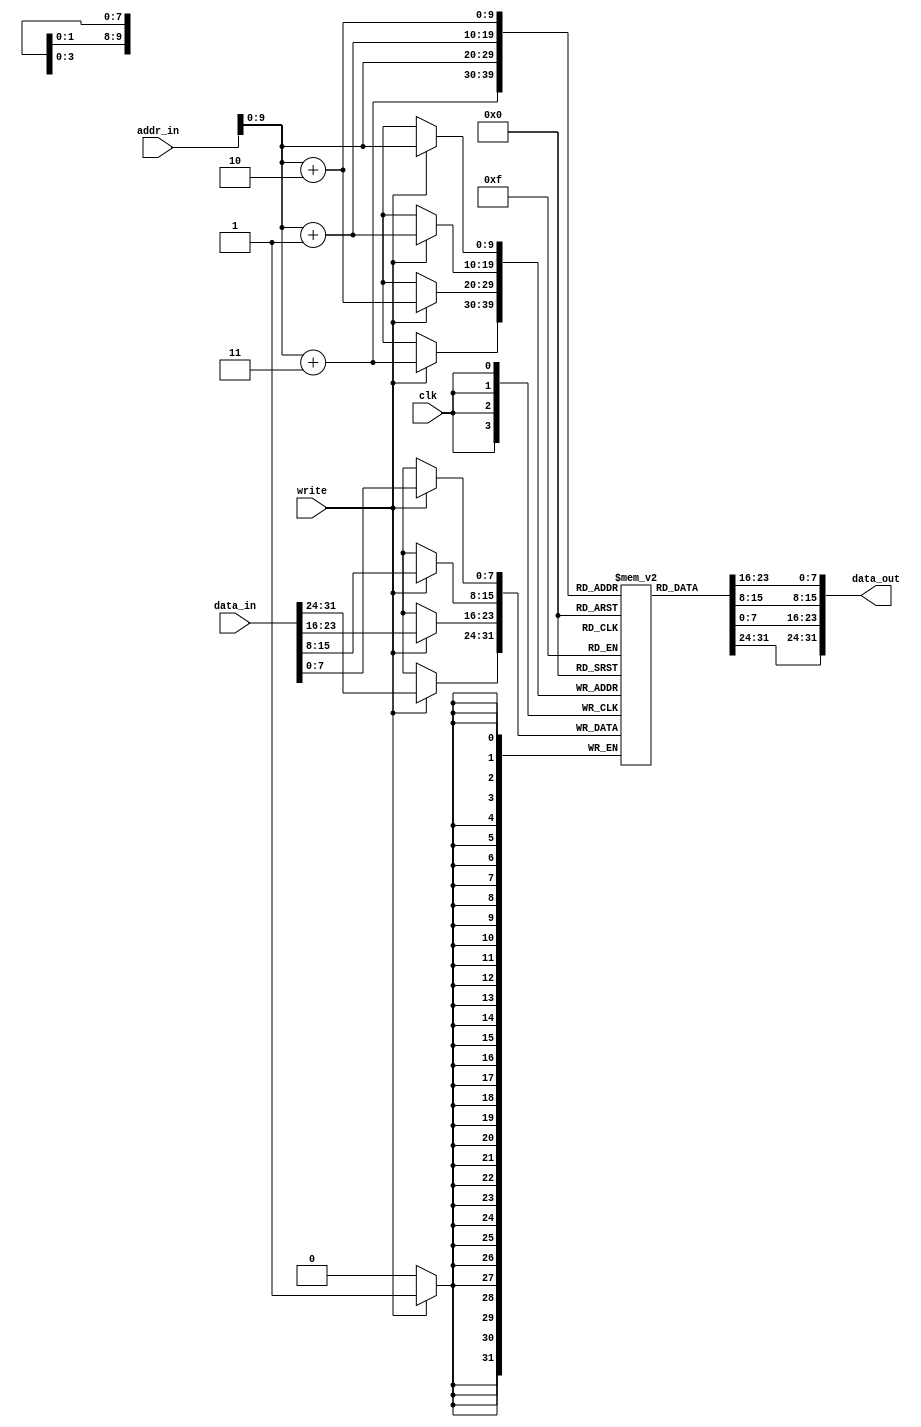
// Memory (256 x 4 x 8-bit bytes) address is 32 bits (used only 10), word is 32 bits
module memory(data_out, addr_in, data_in, write, clk);
    input write, clk;
    input [31:0] addr_in;
    input [31:0] data_in;
    output [31:0] data_out;

    reg [7:0] bytes [0:255*4];

    reg [31:0] debug_words[0:255];  // used only for debugging
    reg [7:0] debug_word_addr = 0;

    wire [9:0] addr;
    assign addr = addr_in[9:0];  // we use only 10 bits of address

    // Little endian
    assign data_out = {bytes[addr+3], bytes[addr+2], bytes[addr+1], bytes[addr]};

    always @(posedge clk) if (write) begin
        bytes[addr]   = data_in[7:0];
        bytes[addr+1] = data_in[15:8];
        bytes[addr+2] = data_in[23:16];
        bytes[addr+3] = data_in[31:24];

        // debugging
        debug_word_addr = addr / 4;
        debug_words[debug_word_addr] = data_in;
    end
endmodule

// Read-only memory
module rom(data_out, addr);
    input [31:0] addr;
    output [31:0] data_out;

    memory storage(data_out, addr, , , );  // acts as a combinational circuit
endmodule